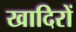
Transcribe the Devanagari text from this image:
खादिरों